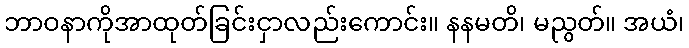
ဘာဝနာကိုအာထုတ်ခြင်းငှာလည်းကောင်း။ နနမတိ၊ မညွတ်။ အယံ၊